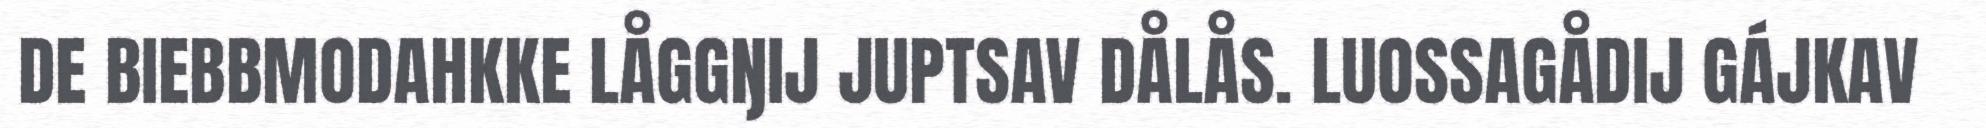
DE BIEBBMODAHKKE LÅGGŊIJ JUPTSAV DÅLÅS. LUOSSAGÅDIJ GÁJKAV